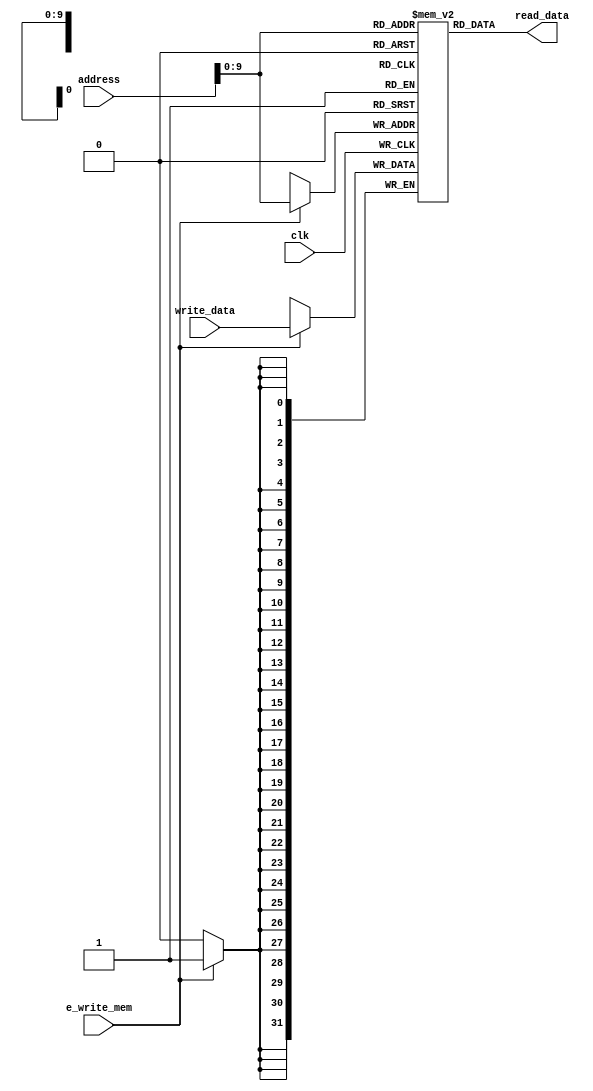
module data_memory(input clk,
                   input[31 : 0] address,
                   input[31 : 0] write_data,
                   input e_write_mem,
                   output[31 : 0] read_data);
    

    reg[31:0] data_memory[0 : 1023]; // memory has size of 1024*4 bytes
    integer i;
    //by default memory contains zeroes
    initial begin
        for(i=0;i<1024;i=i+1) //same time
                data_memory[i] <= 32'd0;
    end
    
    
    always @(posedge clk) begin  
        if (e_write_mem)  //change data of memory only when write is enabled otherwise hazard
            data_memory[address] <= write_data; 
    end  
    
     // the value in read_data may or may not be used but assinging it does not cause any problems
    assign read_data = data_memory[address];
    
endmodule